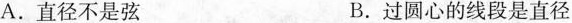
A.直径不是弦 B.过圆心的线段是直径